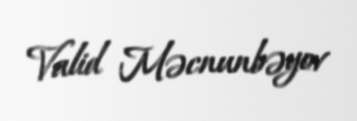
Valid Məcnunbəyov